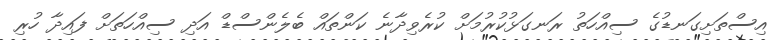
އިސްތަށިގަނޑުގެ ސިއްހަތު ރަނގަޅުކުރުމަށް ކުރެވިދާނެ ކަންތައް ބެލެންސްޑް އަދި ސިއްހަތަށް ފައިދާ ހުރި